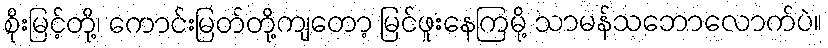
စိုးမြင့်တို့၊ ကောင်းမြတ်တို့ကျတော့ မြင်ဖူးနေကြမို့ သာမန်သဘောလောက်ပဲ။